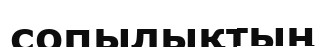
сопылықтың